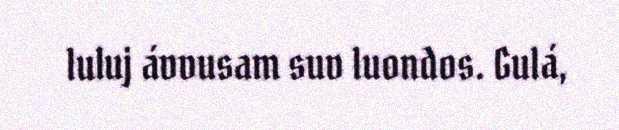
luluj ávvusam suv luondos. Gulá,